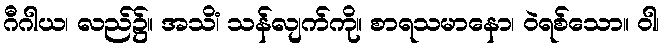
ဂီဂါယ၊ လည်၌။ အသိံ၊ သန်လျက်ကို။ စာရသမာနော၊ ဝဲရစ်သော။ ဝါ၊